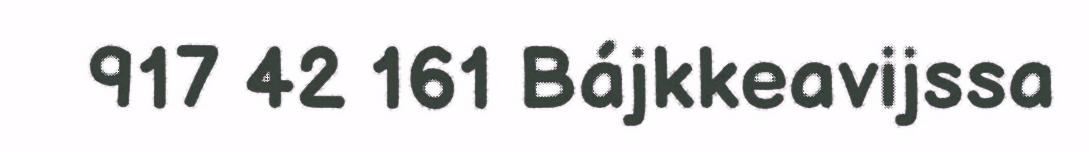
917 42 161 Bájkkeavijssa